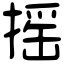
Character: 摇